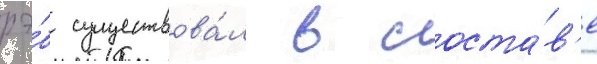
рэ́б существова́л в соста́в'е